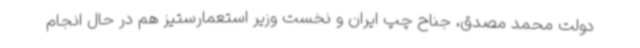
دولت محمد مصدق، جناح چپ ایران و نخست‌ وزیر استعمارستیز هم در حال انجام